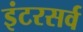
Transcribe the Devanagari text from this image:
इंटरसर्व